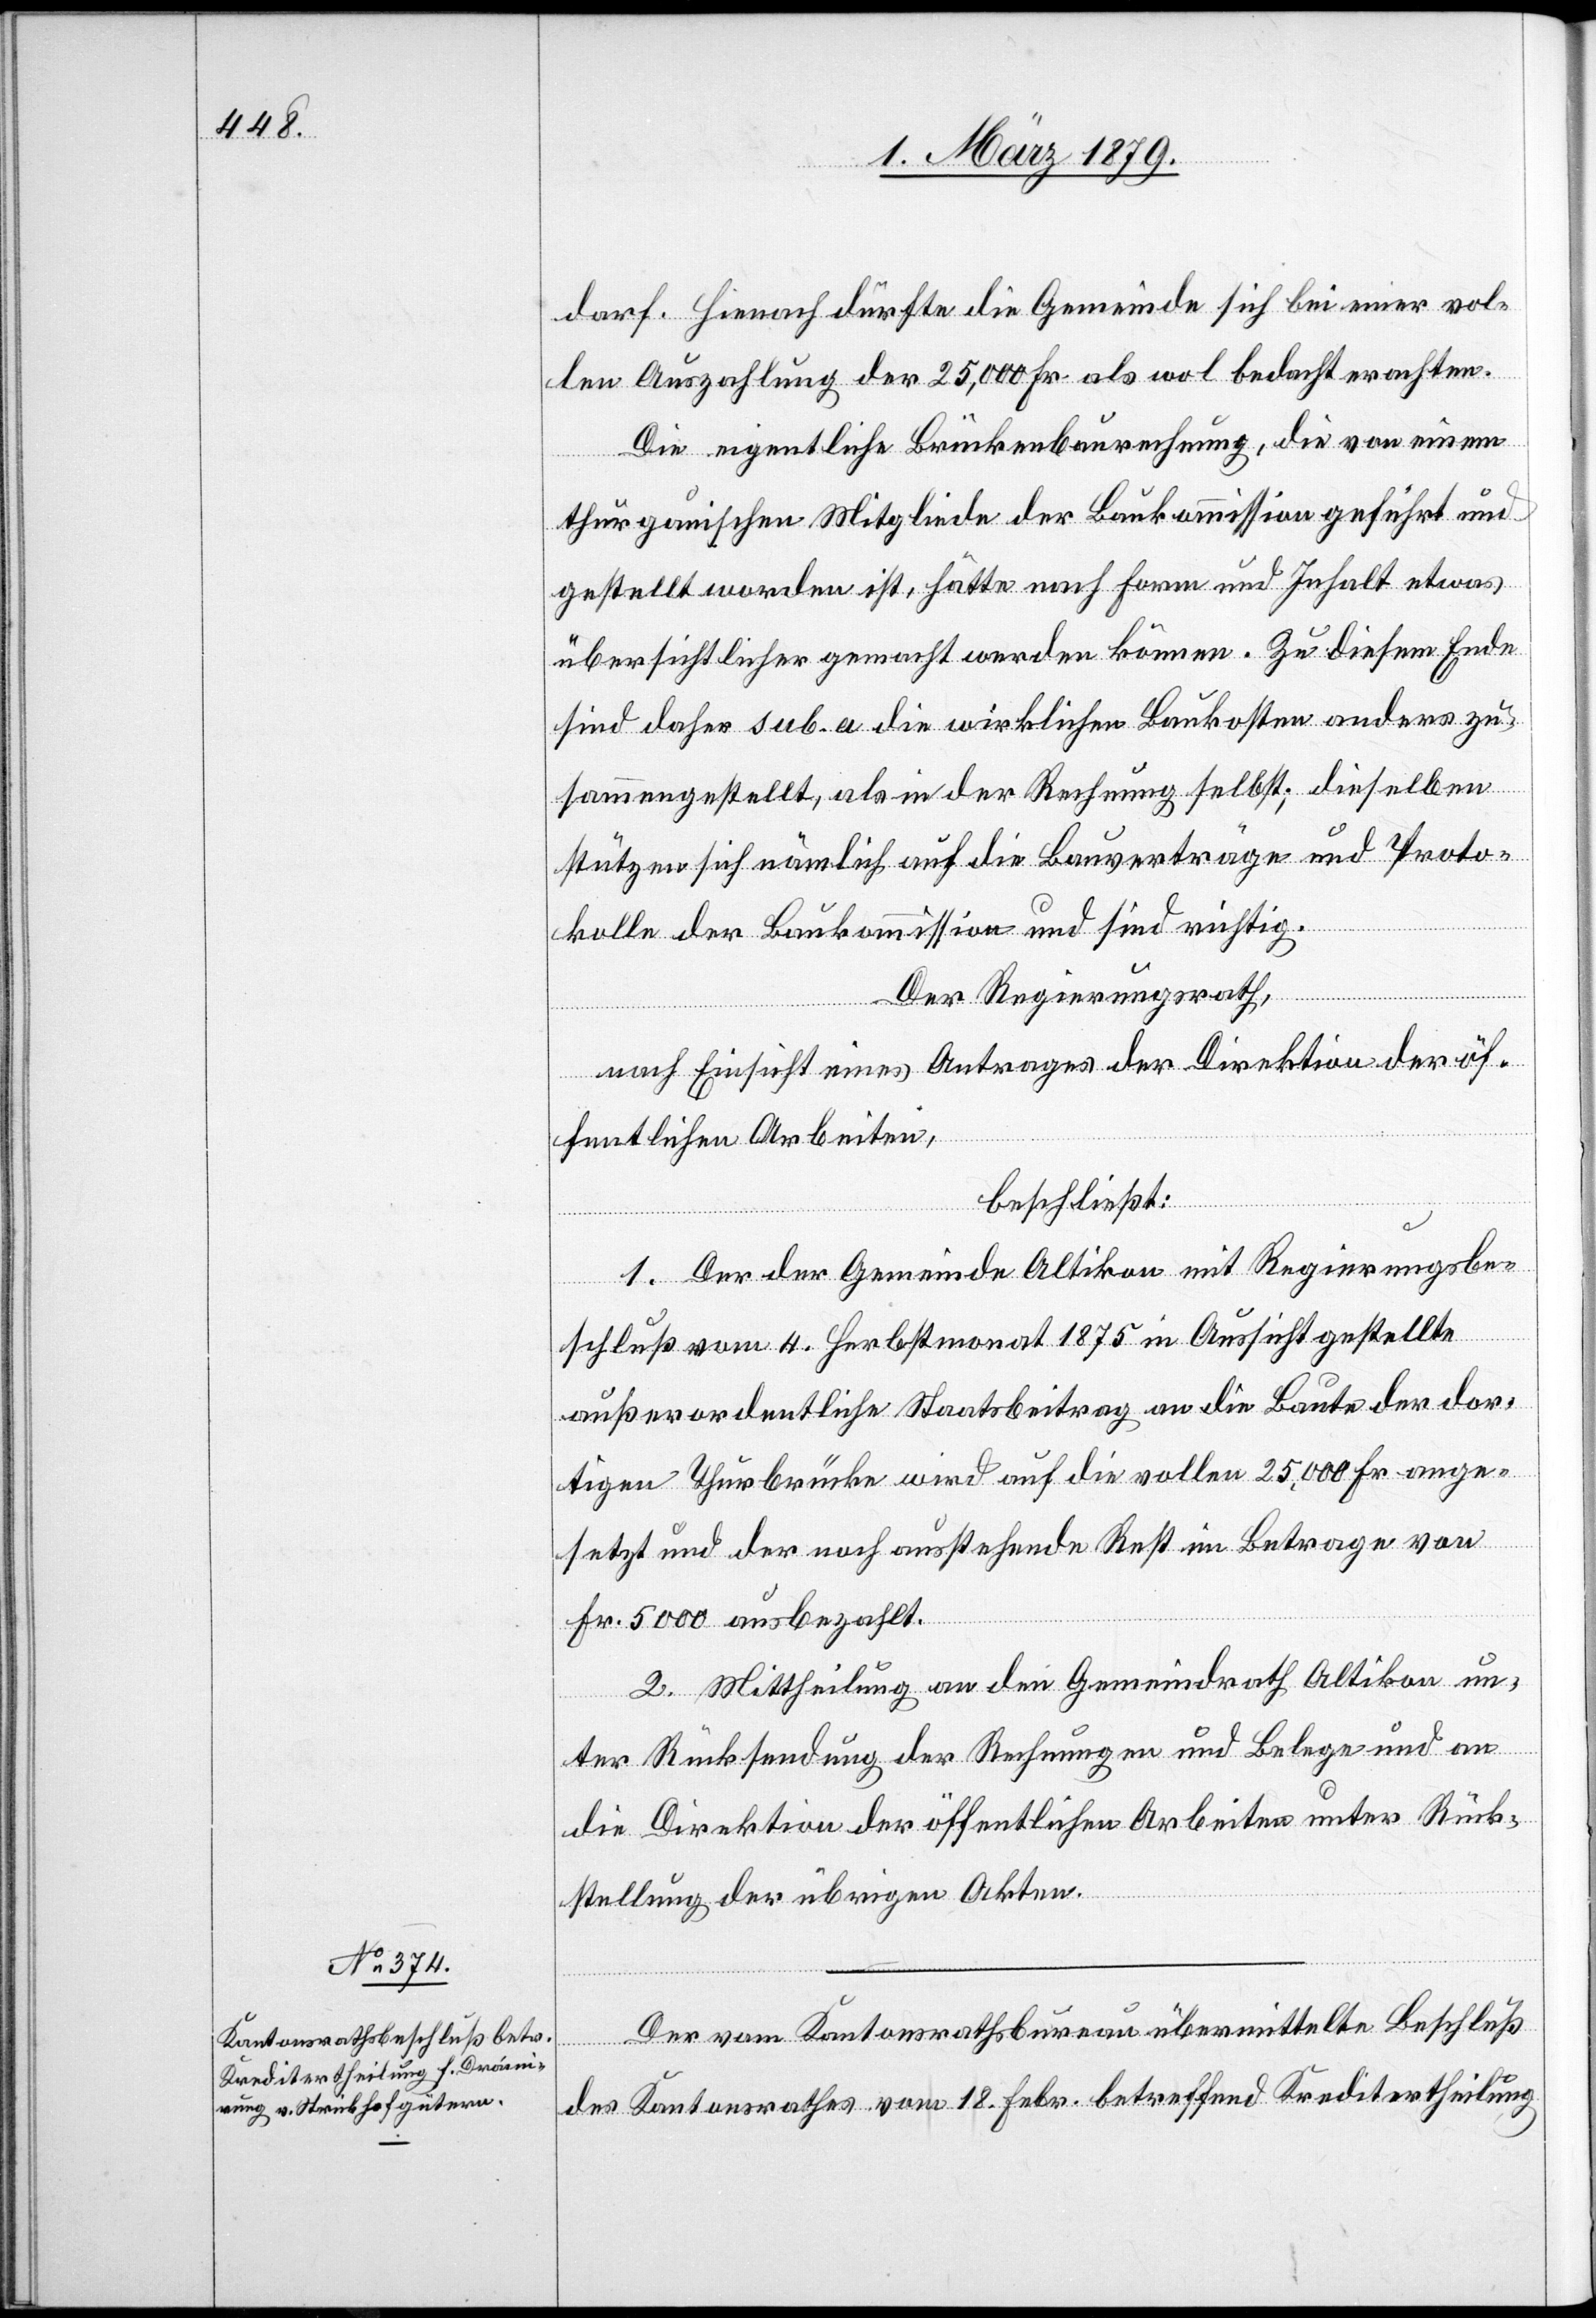
darf. Hienach dürfte die Gemeinde sich bei einer vol¬
len Auszahlung der 25,000 Fr. als wol bedacht erachten.
Die eigentliche Brückenbaurechnung, die von einem
thurgauischen Mitgliede der Baukommission geführt und
gestellt worden ist, hätte nach Form und Inhalt etwas
übersichtlicher gemacht werden können. Zu diesem Ende
sind daher sub a. die wirklichen Baukosten anders zu¬
sammengestellt, als in der Rechnung selbst; dieselben
stützen sich nämlich auf die Bauverträge und Proto¬
kolle der Baukommission und sind richtig.
Der Regierungsrath,
nach Einsicht eines Antrages der Direktion der öf¬
fentlichen Arbeiten,
beschließt:
1. Der der Gemeinde Altikon mit Regierungsbe¬
schluß vom 4. Herbstmonat 1875 in Aussicht gestellte
außerordentliche Staatsbeitrag an die Baute der dor¬
tigen Thurbrücke wird auf die vollen 25,000 Fr. ange¬
setzt und der noch ausstehende Rest im Betrage von
Fr. 5000 ausbezahlt.
2. Mittheilung an den Gemeindrath Altikon un¬
ter Rücksendung der Rechnungen und Belege und an
die Direktion der öffentlichen Arbeiten unter Rück¬
stellung der übrigen Akten.
Der vom Kantonsrathsbureau übermittelte Beschluß
des Kantonsrathes vom 18. Febr. betreffend Kreditertheilung